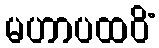
မဟာပထဝိံ